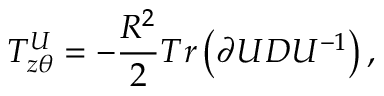
T _ { z \theta } ^ { U } = - \frac { R ^ { 2 } } { 2 } T r \left( \partial U D U ^ { - 1 } \right) ,